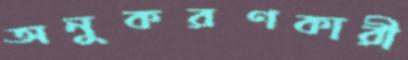
অনুকরণকারী